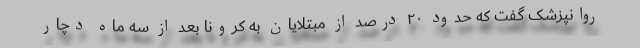
روانپزشک گفت که حدود ۲۰ درصد از مبتلایان به کرونا بعد از سه ماه دچار